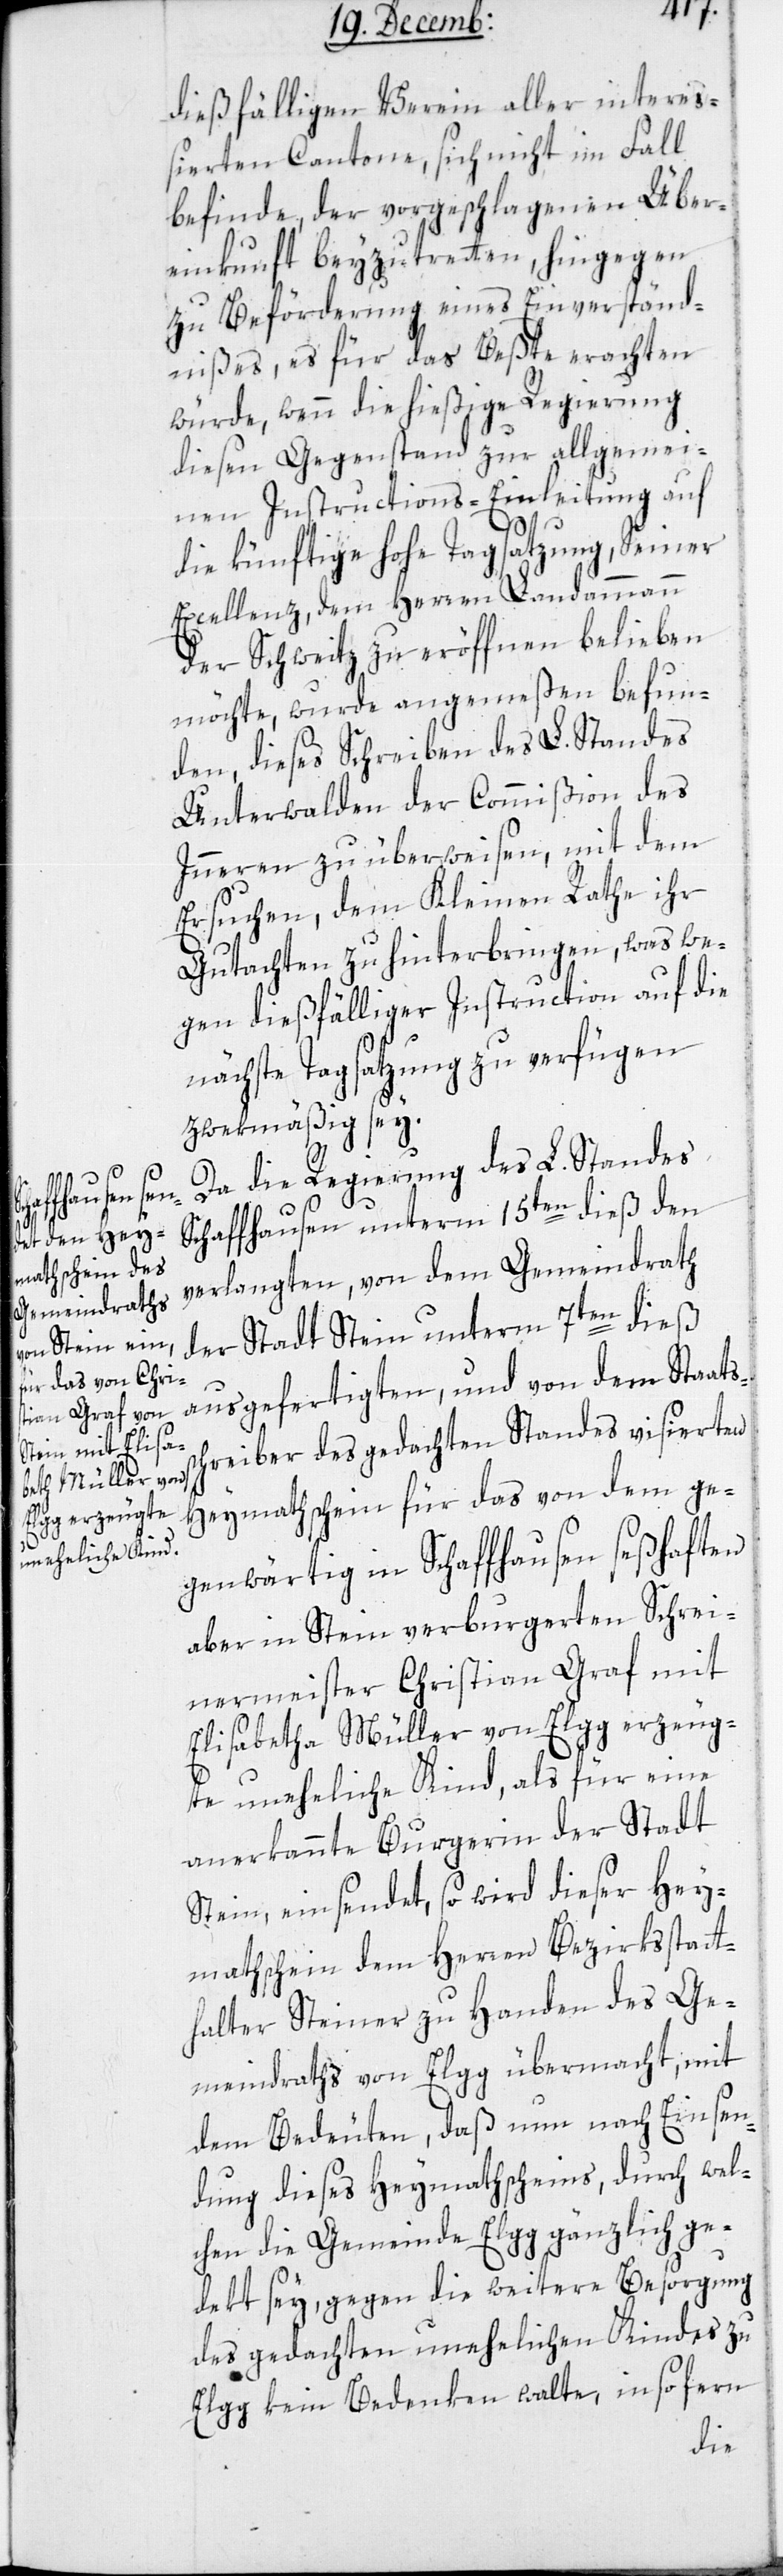
sc¬
dießfälligen Verein aller intere¬
ßierten Cantone, sich nicht im Fall
befinde, der vorgeschlagenen Über¬
einkunft beizutreten, hingegen
zu Beförderung eines Einverständ¬
nißes, es für das Beßte erachten
würde, wenn die hießige Regierung
diesen Gegenstand zur allgemei¬
nen Instructions-Einleitung auf
die künftige hohe Tagsatzung, Seiner
Excellenz dem Herren Landammann
der Schweitz zu eröffnen belieben
möchte, wurde angemeßen befun¬
den, dieses Schreiben des L. Standes
Unterwalden der Commißion des
Inneren zu überweisen, mit dem
Ersuchen, dem Kleinen Rathe ihr
Gutachten zu hinterbringen, was we¬
gen dießfälliger Instruction auf die
nächste Tagsatzung zu verfügen
zwekmäßig sey.
Da die Regierung des L. Standes
Schaffhausen unterm 15ten dieß den
verlangten, von dem Gemeindrath
der Stadt Stein unterm 7ten dieß
ausgefertigten, und von dem Staats¬
hreiber des gedachten Standes visierten
Heymathschein für das von dem ge¬
genwärtig in Schaffhausen seßhaften,
aber in Stein verburgerten Schrei¬
nermeister Christian Graf mit
Elisabetha Müller von Elgg erzeug¬
te uneheliche Kind, als für eine
anerkannte Burgerin der Stadt
Stein, einsendet, so wird dieser Hey¬
mathschein dem Herren Bezirksstatt¬
halter Steiner zu Handen des Ge¬
meindraths von Elgg übermacht, mit
dem Bedeuten, daß nun nach Einsen¬
dung dieses Heymathscheins, durch wel¬
chen die Gemeinde Elgg gänzlich ge¬
dekt sey, gegen die weitere Besorgung
des gedachten unehelichen Kindes zu
Elgg kein Bedenken walte, in so fern